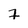
Character: 7